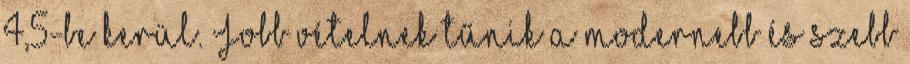
4,5-be kerül. Jobb vételnek tűnik a modernebb és szebb